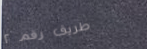
طريق رقم ٢